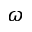
\omega